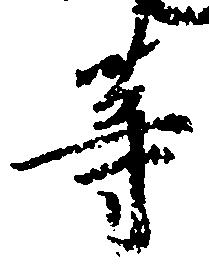
等